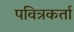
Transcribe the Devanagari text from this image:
पवित्रकर्ता